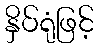
နှိပ်ရုံဖြင့်